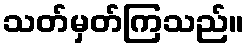
သတ်မှတ်ကြသည်။